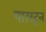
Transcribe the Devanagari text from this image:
पालटुन